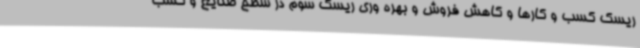
ریسک کسب و کارها و کاهش فروش و بهره وری ریسک سوم در سطح صنایع و کسب